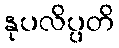
နုပလိပ္ပတိ